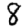
Digit: 8